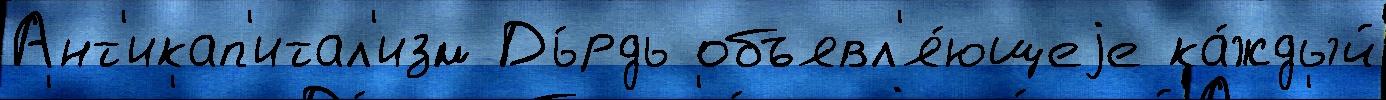
Ант'икап'итал'изм Дь́рдь объявл'я́ющеjе ка́ждый